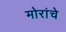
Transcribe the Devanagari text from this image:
मोरांचे